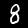
Label: 8